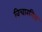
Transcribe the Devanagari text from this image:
विचारनिय